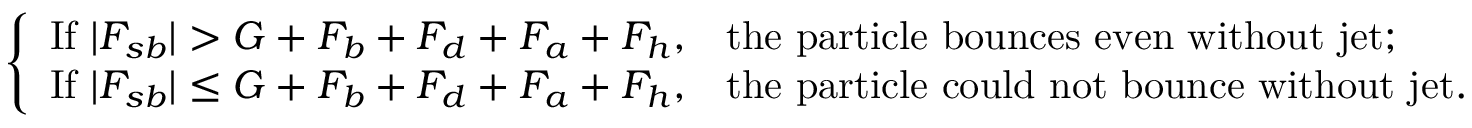
\left\{ \begin{array} { l l } { \mathrm { I f } ~ | F _ { s b } | > G + F _ { b } + F _ { d } + F _ { a } + F _ { h } , } & { \mathrm { t h e ~ p a r t i c l e ~ b o u n c e s ~ e v e n ~ w i t h o u t ~ j e t ; } } \\ { \mathrm { I f } ~ | F _ { s b } | \leq G + F _ { b } + F _ { d } + F _ { a } + F _ { h } , } & { \mathrm { t h e ~ p a r t i c l e ~ c o u l d ~ n o t ~ b o u n c e ~ w i t h o u t ~ j e t . } } \end{array} \right.